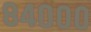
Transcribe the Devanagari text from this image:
८४०००